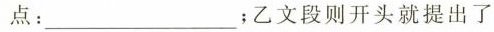
点：_______；乙文段则开头就提出了